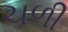
ચળી